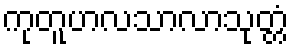
ကုတူဟလသာလာသုတ္တံ